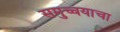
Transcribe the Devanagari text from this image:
समुच्चयाचा